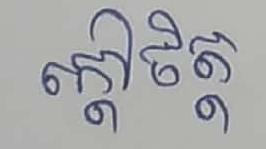
ក្ដៅចិត្ត